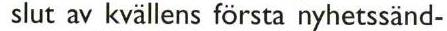
slut av kvällens första nyhetssänd-